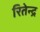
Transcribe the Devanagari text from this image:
रितेन्द्र